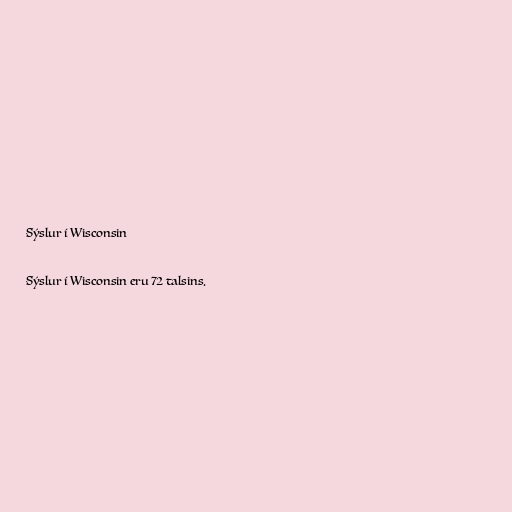
Sýslur í Wisconsin

Sýslur í Wisconsin eru 72 talsins.